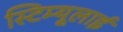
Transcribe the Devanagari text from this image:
स्टिम्यूलाई